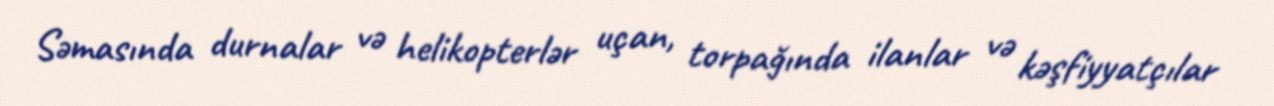
Səmasında durnalar və helikopterlər uçan, torpağında ilanlar və kəşfiyyatçılar